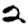
Digit: 2